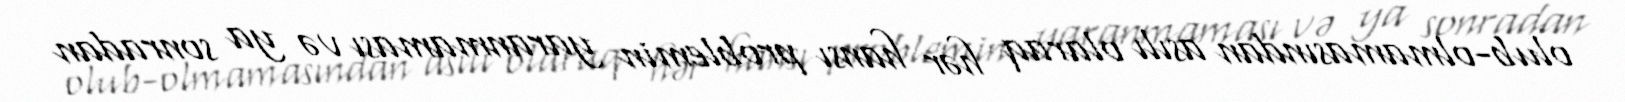
olub-olmamasından asılı olaraq hər hansı problemin yaranmaması və ya sonradan